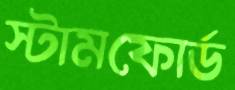
স্টামফোর্ড